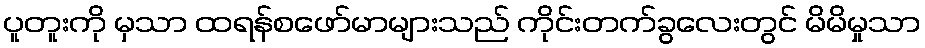
ပူတူးကို မှသာ ထရန်စဖော်မာများသည် ကိုင်းတက်ခွလေးတွင် မိမိမှုသာ